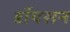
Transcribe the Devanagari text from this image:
डॉयसन